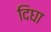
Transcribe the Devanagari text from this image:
दिघा